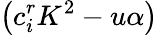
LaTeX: \left(c_{i}^{r}K^{2}-{u\alpha}\right)